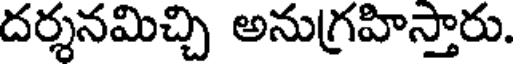
దర్శనమిచ్చి అనుగ్రహిస్తారు.